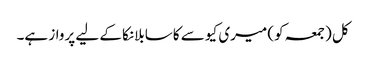
کل (جمعہ کو) میری کیو سے کاسابلانکا کے لیے پرواز ہے۔